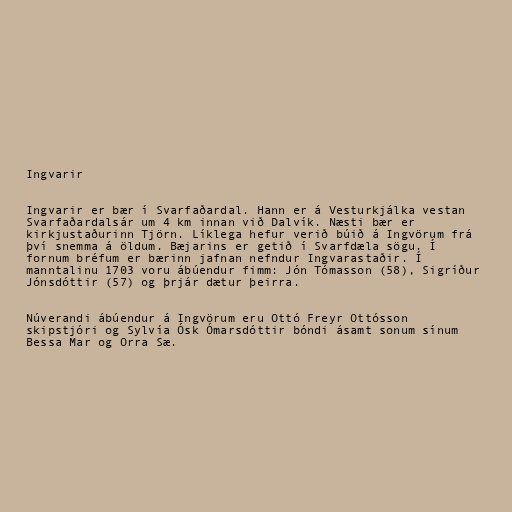
Ingvarir

Ingvarir er bær í Svarfaðardal. Hann er á Vesturkjálka vestan
Svarfaðardalsár um 4 km innan við Dalvík. Næsti bær er
kirkjustaðurinn Tjörn. Líklega hefur verið búið á Ingvörum frá
því snemma á öldum. Bæjarins er getið í Svarfdæla sögu. Í
fornum bréfum er bærinn jafnan nefndur Ingvarastaðir. Í
manntalinu 1703 voru ábúendur fimm: Jón Tómasson (58), Sigríður
Jónsdóttir (57) og þrjár dætur þeirra.

Núverandi ábúendur á Ingvörum eru Ottó Freyr Ottósson
skipstjóri og Sylvía Ósk Ómarsdóttir bóndi ásamt sonum sínum
Bessa Mar og Orra Sæ.